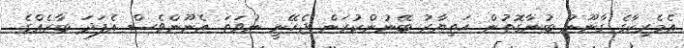
އެމެރިކާގެ ގާނޫނު ބުނާގޮތުން ހަތިޔާރު ބޭނުންކުރަން ޖެހޭނީ ނުވަތަ އެނޫންވެސް އެފަދަ ބާރެއްގެ